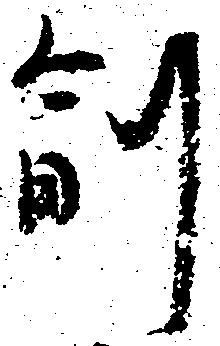
副